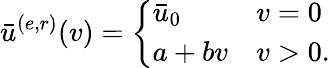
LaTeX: \bar{u}^{(e,r)}(v)=\left\{ \begin{array}{ll}{\bar{u}_{0}}&{v=0}\\ {a+bv}&{v>0.}\end{array}\right.